Illuka_vallavalitsus, lk 17
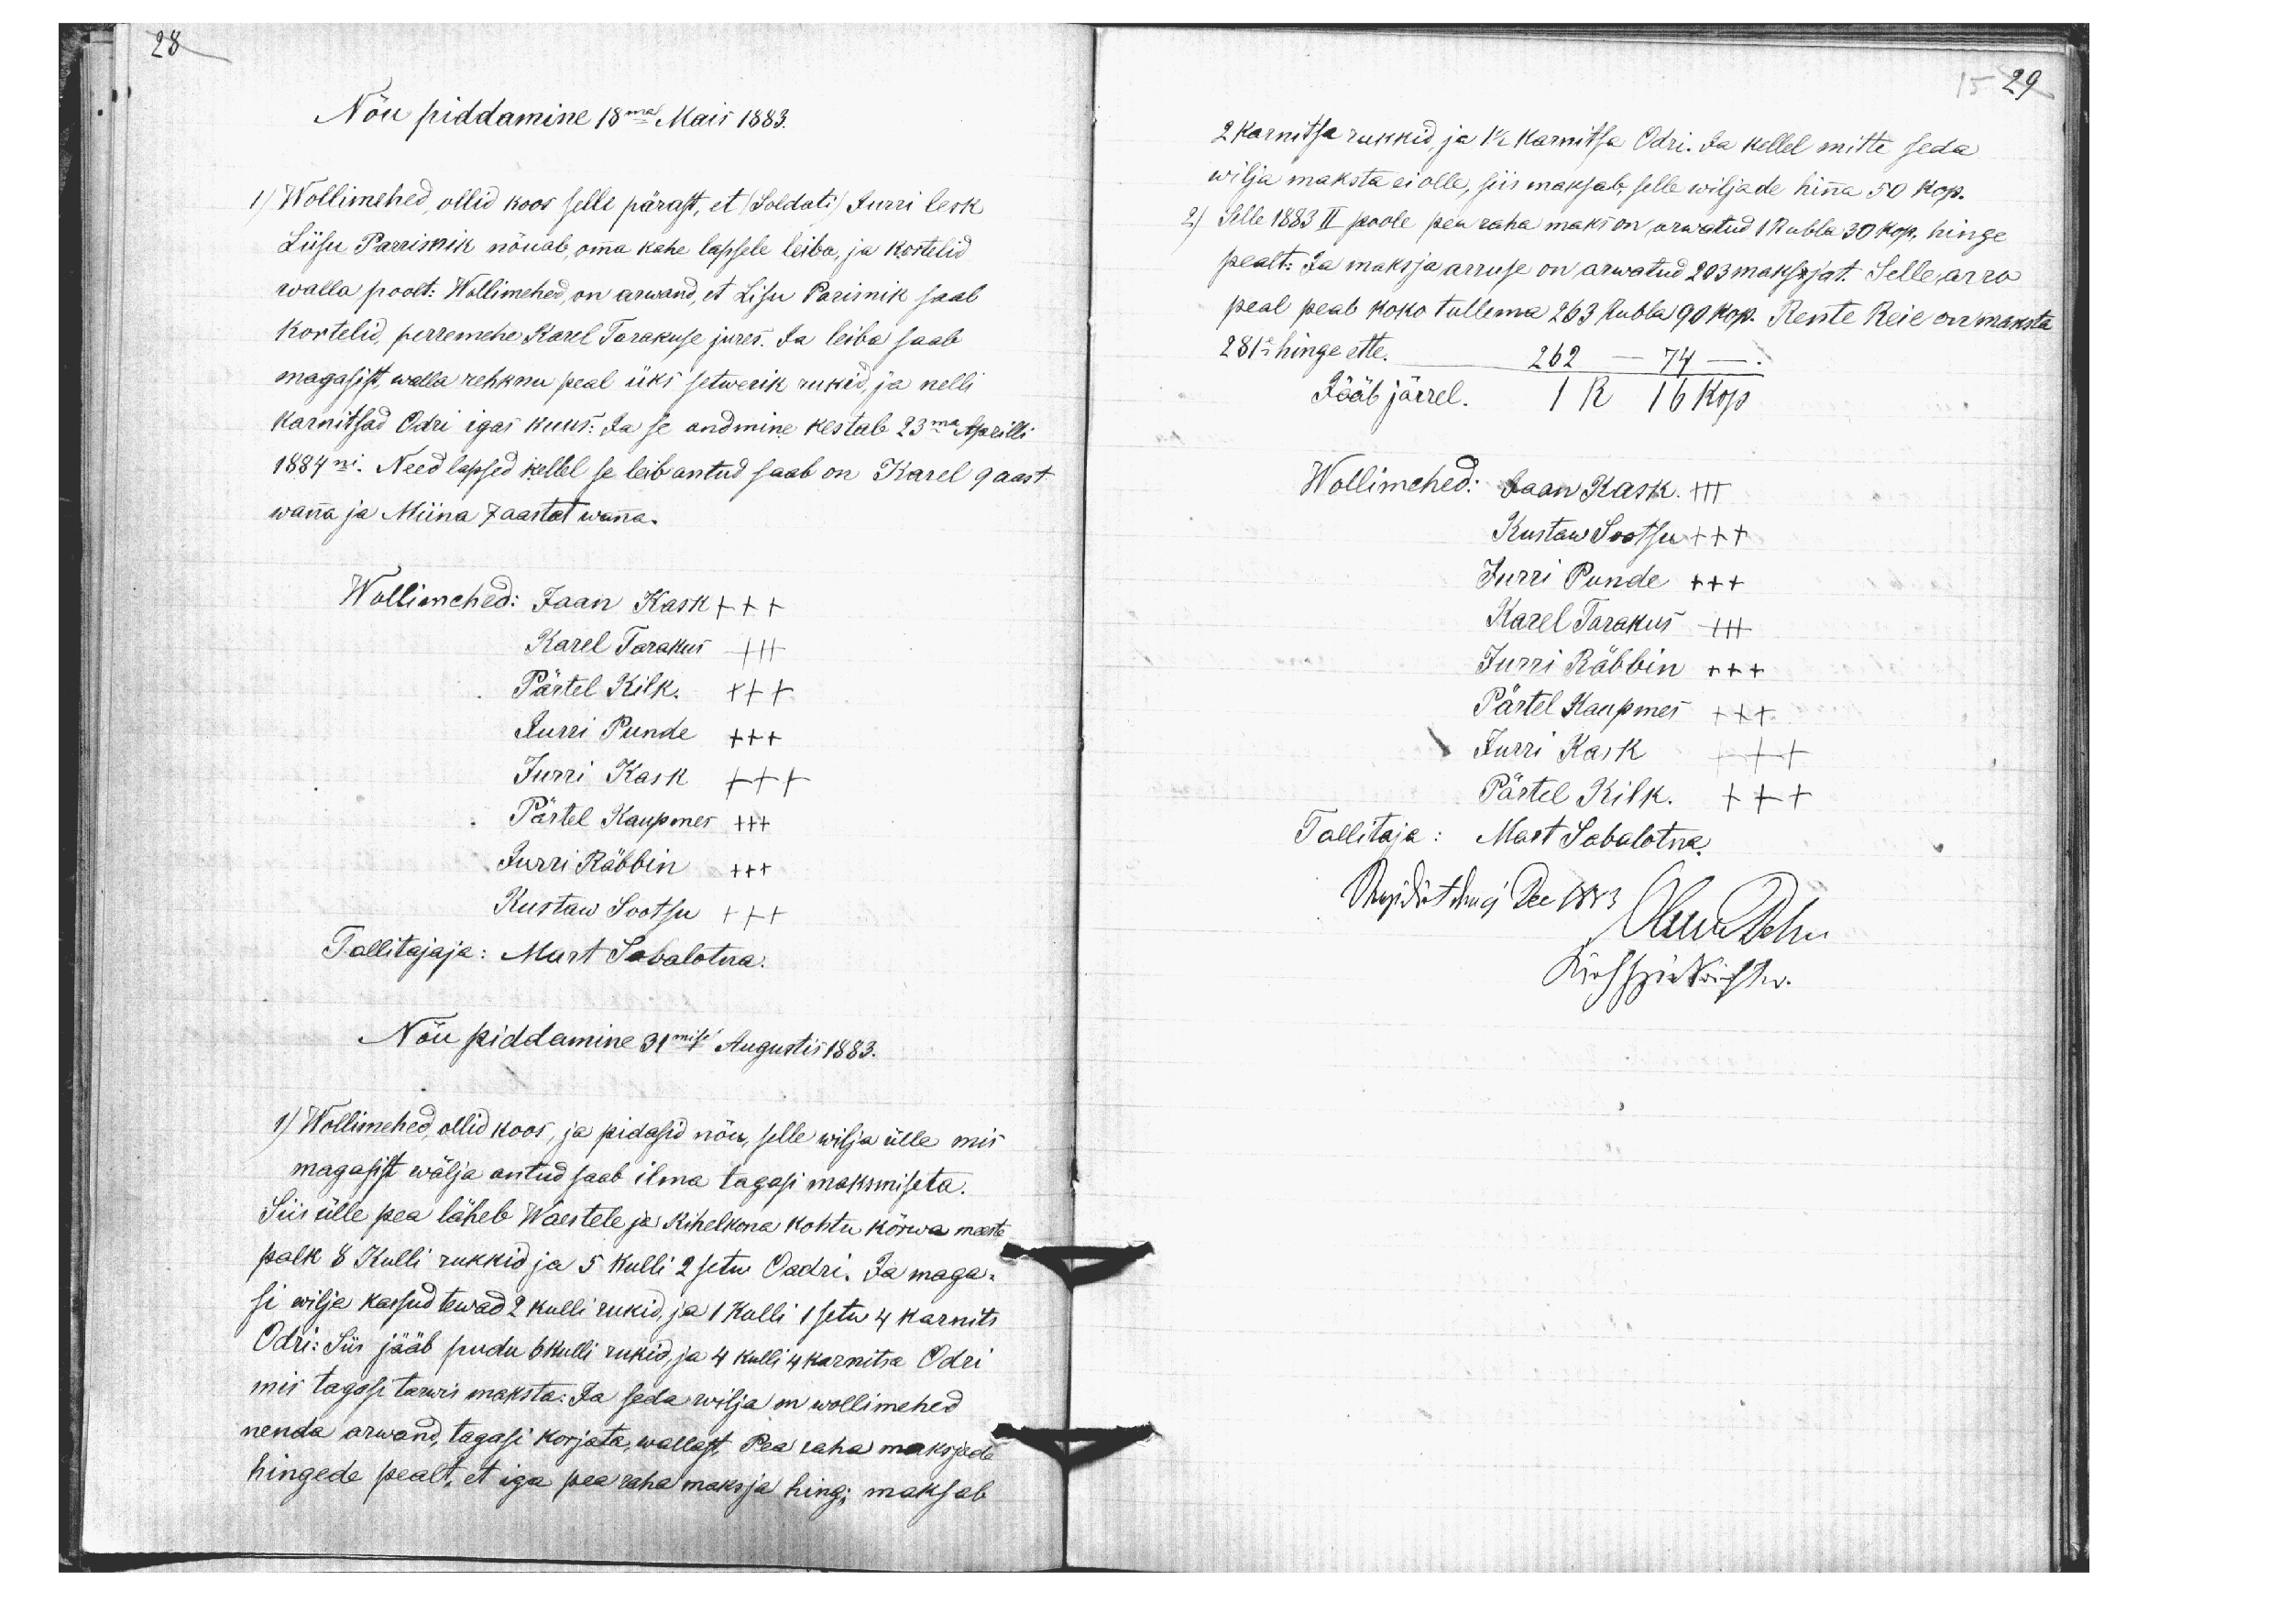
28
Nõu piddamine 18mal Mais 1883.
1) Wollimehed, ollid koos selle pärast, et (Soldati) Jurri lesk
Liisu Parrisnik nõuab, omma kahe lapsele leiba, ja kortelid
walla poolt: Wollimehed, on arwand, et Lisu Parisnik saab
kortelid, perremehe Karel Tarakuse jures. Ja leiba saab
magasist, walla rehknu peal üks setwerik rukid, ja nelli
karnitsad Odri igas kuus: Ja se andmine kestab 23ma Aprilli
1884ni. Need lapsed kellel se leib antud saab on Karel 9 aast
wanna ja Miina 7 aastat wanna.
Wollimehed: Jaan Kask +++
Karel Tarakus XXX
Pärtel Kilk. XXX
Jurri Punde XXX
Jurri Kask XXX
Pärtel Kaupmes +++
Jurri Räbbin XXX
Kustaw Sootsu XXX
Tallitajaja: Mart Sabalotna.
Nõu piddamine 31mise Augustis 1883.
1) Wollimehed, ollid koos, ja pidasid nõu, selle wilja ülle mis
magasist wälja antud saab ilma tagasi maksmiseta.
Siis ülle pea läheb Waestele ja Kihelkona kohtu kõrwa meeste
palk 8 Kulli rukkid ja 5 kulli 2 setw Oadri. Ja maga-
si wilja kassud tewad 2 kulli rukid, ja 1 Kulli 1 setw 4 karnits
Odri: Siis jääb pudu 6 kulli rukid, ja 4 kulli 4 karnitsa Odri
mis tagasi tarwis maksta: Ja seda wilja on wollimehed
nenda arwand, tagasi korjata, wallast, Pea raha maksjade
hingede pealt, et iga pea raha maksja hing; maksab

15 29

2 karnitsa rukkid, ja 1 1/2 karnitsa Odri. Ja kellel mitte seda
wilja maksta ei olle, siis maksab, selle wiljade hinna 50 kop.
2) Selle 1883 II poole pea raha maks on arwatud 1 Rubla 30 kop. hinge
pealt. Ja maksja arruse on arwatud 203 makssjat. Selle arro
peal peab koko tullema 263 Rubla 90 kop. Rente Reie on maksta
281e hinge ette. 262 - 74 -.
Jääb järrel. 1 R 16 kop
Wollimehed: Jaan Kask. III
Kustaw Sootsu +++
Jurri Punde XXX
Karel Tarakus XXX
Jurri Räbbin XXX
Pärtel Kaupmes XXX
Jurri Kask XXX
Pärtel Kilk. XXX
Tallitaja: Mart Sabalotna.